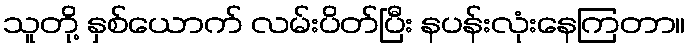
သူတို့ နှစ်ယောက် လမ်းပိတ်ပြီး နပန်းလုံးနေကြတာ။